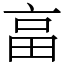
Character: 畗